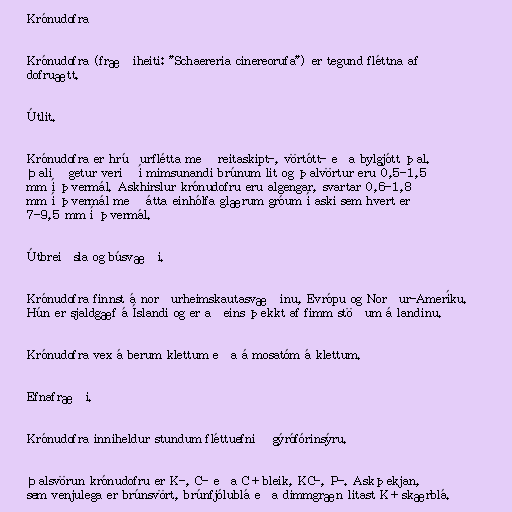
Krónudofra

Krónudofra (fræðiheiti: "Schaereria cinereorufa") er tegund fléttna af
dofruætt.

Útlit.

Krónudofra er hrúðurflétta með reitaskipt-, vörtótt- eða bylgjótt þal.
Þalið getur verið í mimsunandi brúnum lit og þalvörtur eru 0,5-1,5
mm í þvermál. Askhirslur krónudofru eru algengar, svartar 0,6-1,8
mm í þvermál með átta einhólfa glærum gróum í aski sem hvert er
7-9,5 mm í þvermál.

Útbreiðsla og búsvæði.

Krónudofra finnst á norðurheimskautasvæðinu, Evrópu og Norður-Ameríku.
Hún er sjaldgæf á Íslandi og er aðeins þekkt af fimm stöðum á landinu.

Krónudofra vex á berum klettum eða á mosatóm á klettum.

Efnafræði.

Krónudofra inniheldur stundum fléttuefnið gýrófórinsýru.

Þalsvörun krónudofru er K-, C- eða C+ bleik, KC-, P-. Askþekjan,
sem venjulega er brúnsvört, brúnfjólublá eða dimmgræn litast K+ skærblá.